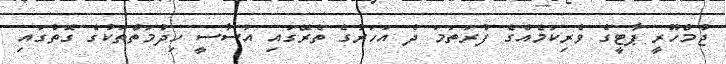
ޖުމްހޫރީ ޕާޓީގެ ވެރިކަމެއްގެ ފުރަތަމަ ދެ އަހަރުގެ ތެރޭގައި އަސާސީ ހިދުމަތްތަކުގެ ގޮތުގައި